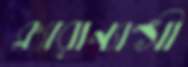
ক্ল্যারান্যান্সী